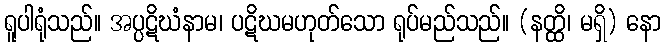
ရူပါရုံသည်။ အပ္ပဋိဃံနာမ၊ ပဋိဃမဟုတ်သော ရုပ်မည်သည်။ (နတ္ထိ၊ မရှိ) နော